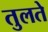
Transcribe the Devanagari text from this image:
तुलते